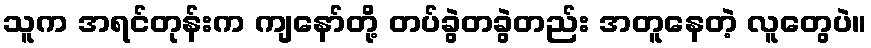
သူက အရင်တုန်းက ကျနော်တို့ တပ်ခွဲတခွဲတည်း အတူနေတဲ့ လူတွေပဲ။